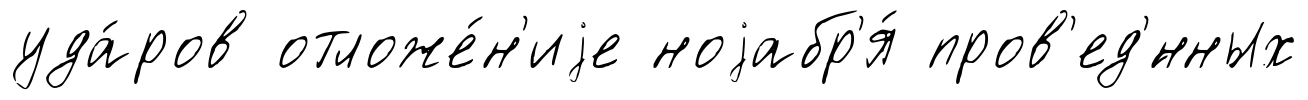
уда́ров отложе́н'иjе ноjабр'я́ пров'ед'́нных